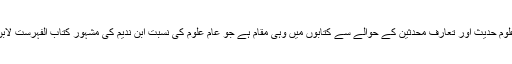
اس کتاب کا علوم حدیث اور تعارف محدثین کے حوالے سے کتابوں میں وہی مقام ہے جو عام علوم کی نسبت ابن ندیم کی مشہور کتاب الفہرست لابن الندیم کا ہے۔